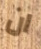
ان